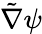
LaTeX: \tilde{\nabla}\psi